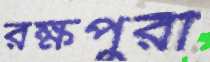
রক্ষপুরী